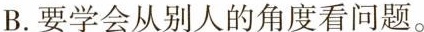
B.要学会从别人的角度看问题。